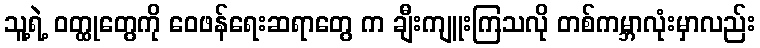
သူ့ရဲ့ ဝတ္ထုတွေကို ဝေဖန်ရေးဆရာတွေ က ချီးကျူးကြသလို တစ်ကမ္ဘာလုံးမှာလည်း